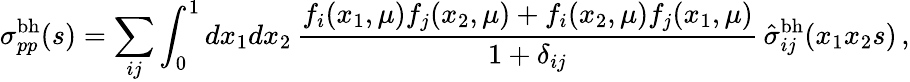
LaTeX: \sigma_{pp}^{\mathrm{bh}}(s)=\sum_{ij}\int_{0}^{1}dx_{1}dx_{2}\, \frac{f_{i}(x_{1},\mu)f_{j}(x_{2},\mu)+f_{i}(x_{2},\mu)f_{j}(x_{1},\mu)}{1+\delta_{ij}}\, \hat{\sigma}_{ij}^{\mathrm{bh}}(x_{1}x_{2}s)\, ,